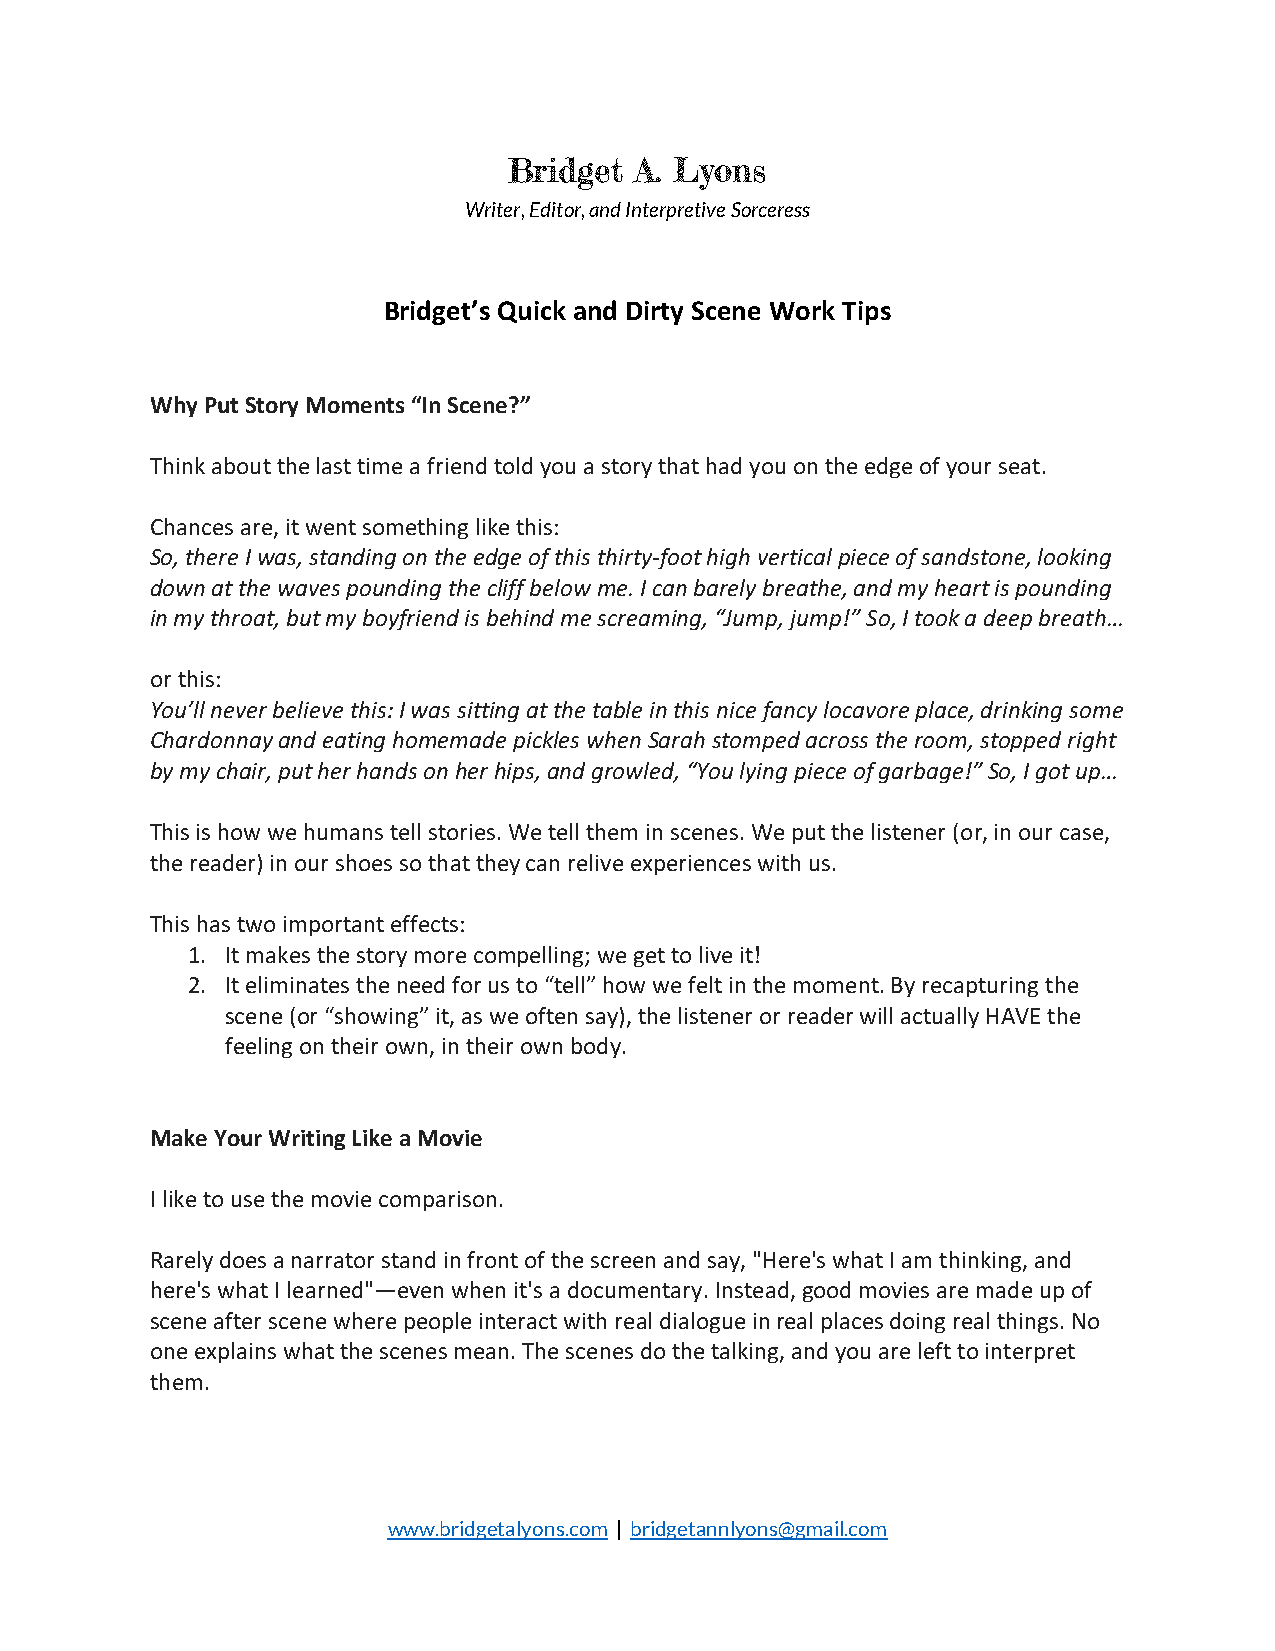
Bridget A. Lyons
 Writer, Editor, and Interpretive Sorceress
 Bridget’s Quick and Dirty Scene Work Tips
 Why Put Story Moments “In Scene?”
 Think about the last time a friend told you a story that had you on the edge of your seat.
 Chances are, it went something like this:
 So, there I was, standing on the edge of this thirty-foot high vertical piece of sandstone, looking
 down at the waves pounding the cliff below me. I can barely breathe, and my heart is pounding
 in my throat, but my boyfriend is behind me screaming, “Jump, jump!” So, I took a deep breath…
 or this:
 You’ll never believe this: I was sitting at the table in this nice fancy locavore place, drinking some
 Chardonnay and eating homemade pickles when Sarah stomped across the room, stopped right
 by my chair, put her hands on her hips, and growled, “You lying piece of garbage!” So, I got up…
 This is how we humans tell stories. We tell them in scenes. We put the listener (or, in our case,
 the reader) in our shoes so that they can relive experiences with us.
 This has two important effects:
 1. It makes the story more compelling; we get to live it!
 2. It eliminates the need for us to “tell” how we felt in the moment. By recapturing the
 scene (or “showing” it, as we often say), the listener or reader will actually HAVE the
 feeling on their own, in their own body.
 Make Your Writing Like a Movie
 I like to use the movie comparison.
 Rarely does a narrator stand in front of the screen and say, "Here's what I am thinking, and
 here's what I learned"—even when it's a documentary. Instead, good movies are made up of
 scene after scene where people interact with real dialogue in real places doing real things. No
 one explains what the scenes mean. The scenes do the talking, and you are left to interpret
 them.
 www.bridgetalyons.com | bridgetannlyons@gmail.com